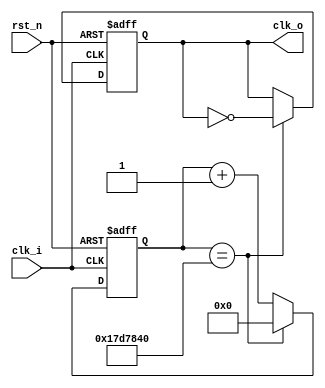
module clk_pwm (
  input clk_i,
  input rst_n,
  output clk_o // 1 Hz
);

reg  [24:0] cnt;
wire [24:0] cnt_nxt = (cnt == 25'd25000000) ? 25'd0 : cnt + 1'b1;

always @ (posedge clk_i or negedge rst_n) begin
  if (~rst_n) cnt <= 25'b0;
  else cnt <= cnt_nxt;
end

reg clk;

always @ (posedge clk_i or negedge rst_n) begin
  if (~rst_n) clk <= 1'b0;
  else if (cnt == 25'd25000000) clk <= ~clk;
end

assign clk_o = clk;

endmodule